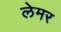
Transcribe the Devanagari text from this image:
लेमर